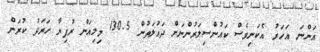
އަންނަ އަހަރު އެކަނިވެސް ކައުންސިލަރުންނަށް ދައުލަތުން 130.5 މިލިއަން ރުފިޔާ ހަރަދު ކުރަން